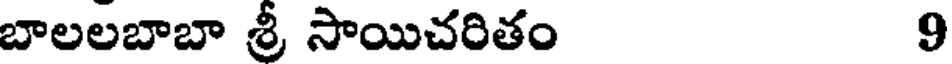
బాలలబాబా శ్రీ సాయిచరితం 9